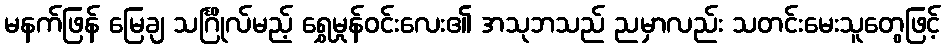
မနက်ဖြန် မြေချ သင်္ဂြိုလ်မည့် ရွှေမှုန်ဝင်းလေး၏ အသုဘသည် ညမှာလည်း သတင်းမေးသူတွေဖြင့်